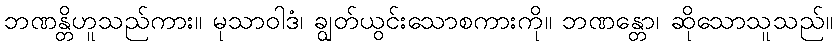
ဘဏန္တိဟူသည်ကား။ မုသာဝါဒံ၊ ချွတ်ယွင်းသောစကားကို။ ဘဏန္တော၊ ဆိုသောသူသည်။